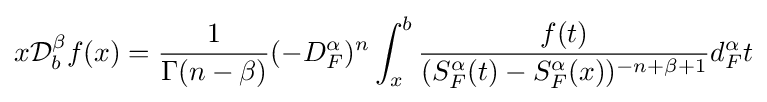
{x}{\mathcal {D}}_{b}^{\beta }f(x)={\frac {1}{\Gamma (n-\beta )}}(-D_{F}^{\alpha })^{n}\int _{x}^{b}{\frac {f(t)}{(S_{F}^{\alpha }(t)-S_{F}^{\alpha }(x))^{-n+\beta +1}}}d_{F}^{\alpha }t